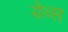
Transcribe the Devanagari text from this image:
येव्स